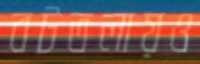
বটতলায়ও